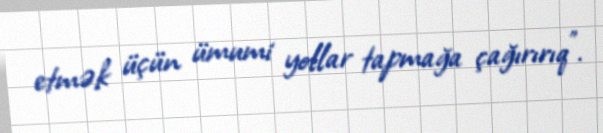
etmək üçün ümumi yollar tapmağa çağırırıq”.